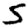
Digit: 5